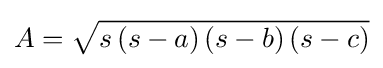
A={\sqrt {s\left(s-a\right)\left(s-b\right)\left(s-c\right)}}